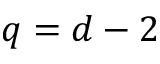
q = d - 2